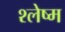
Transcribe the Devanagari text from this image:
श्‍लेष्‍म